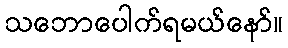
သဘောပေါက်ရမယ်နော်။